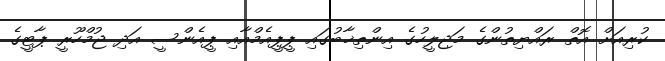
ކުރިއަށް އޮތް ރައްޔިތުންގެ މަޖިލީހުގެ އިންތިޚާބުގައި ޕީޕީއެމްއާއި ޕީއެންސީ އަދި ޖުމްހޫރީ ޕާޓީގެ